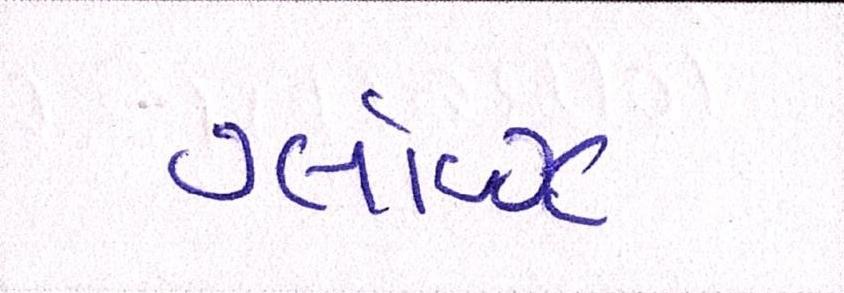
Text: ગ્લૉવ્ઝ